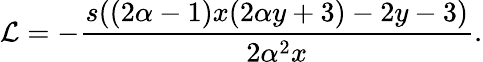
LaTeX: \mathcal{L}=-\frac{s((2\alpha-1)x(2\alpha y+3)-2y-3)}{2\alpha^{2}x}.